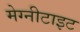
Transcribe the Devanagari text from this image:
मेग्नीटाइट